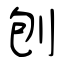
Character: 刨